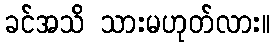
ခင်အသိ သားမဟုတ်လား။